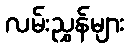
လမ်းညွှန်များ